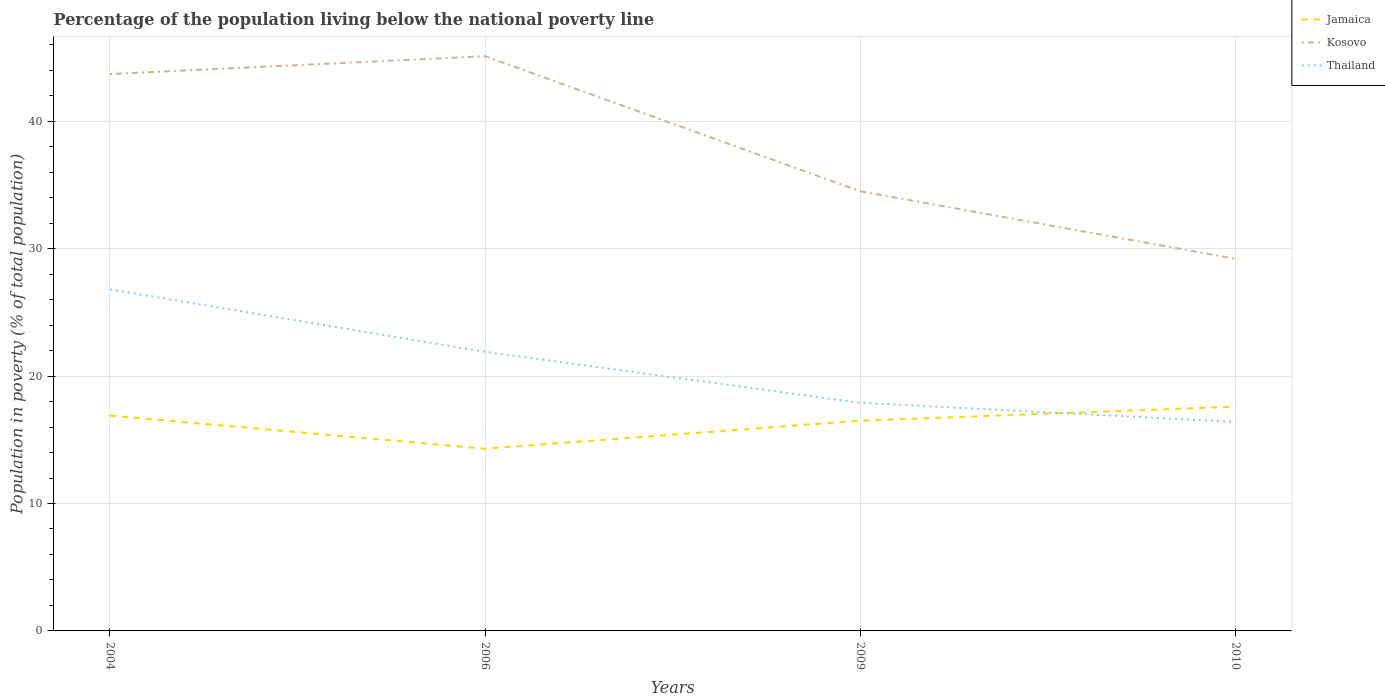
| Years | Jamaica | Kosovo | Thailand |
 | --- | --- | --- | --- |
 | 2004 | 16.9 | 43.7 | 26.8 |
 | 2006 | 14.3 | 45.1 | 21.9 |
 | 2009 | 16.5 | 34.5 | 17.9 |
 | 2010 | 17.6 | 29.2 | 16.4 |